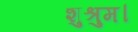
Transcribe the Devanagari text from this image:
शुश्रुम।